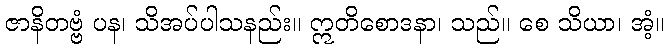
ဇာနိတဗ္ဗံ ပန၊ သိအပ်ပါသနည်း။ ဣတိစောဒနာ၊ သည်။ စေ သိယာ၊ အံ့။